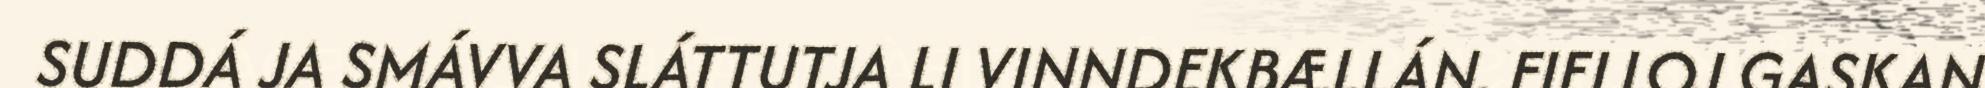
SUDDÁ JA SMÁVVA SLÁTTUTJA LI VINNDEKBÆLLÁN. FIELLOJ GASKAN